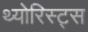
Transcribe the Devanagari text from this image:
थ्योरिस्ट्स